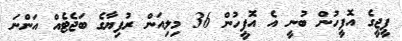
ޕީޖީގެ އޮފީހުން ބުނީ އެ އޮފީހުން 36 މިލިއަން ރުފިޔާގެ ބަޖެޓެއް އަންނަ